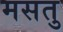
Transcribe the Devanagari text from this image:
मसतु